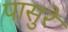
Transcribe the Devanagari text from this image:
पासुरे